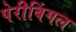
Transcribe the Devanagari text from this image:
पेरीबिंगल